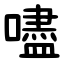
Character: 嚍